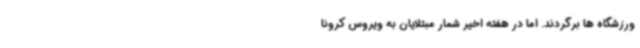
ورزشگاه ها برگردند. اما در هفته اخیر شمار مبتلایان به ویروس کرونا